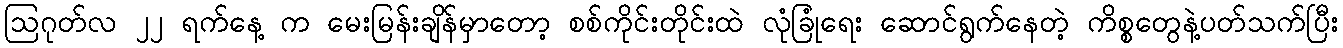
ဩဂုတ်လ ၂၂ ရက်နေ့ က မေးမြန်းချိန်မှာတော့ စစ်ကိုင်းတိုင်းထဲ လုံခြုံရေး ဆောင်ရွက်နေတဲ့ ကိစ္စတွေနဲ့ပတ်သက်ပြီး